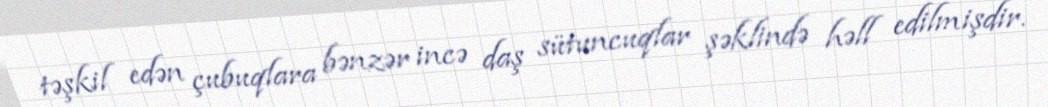
təşkil edən çubuqlara bənzər incə daş sütuncuqlar şəklində həll edilmişdir.